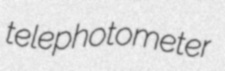
telephotometer